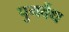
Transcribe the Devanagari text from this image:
पुनर्वैध